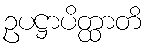
ဥပဋ္ဌာပိတ္ထာတိ